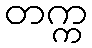
တက္က